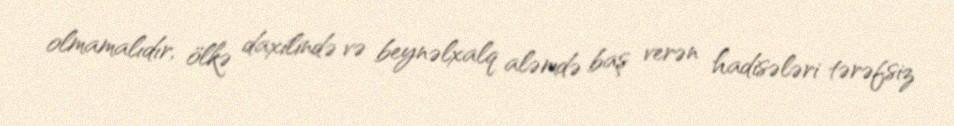
olmamalıdır, ölkə daxilində və beynəlxalq aləmdə baş verən hadisələri tərəfsiz